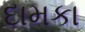
દામકા